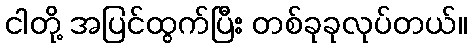
ငါတို့ အပြင်ထွက်ပြီး တစ်ခုခုလုပ်တယ်။